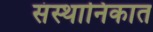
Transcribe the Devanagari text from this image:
संस्थानिकात